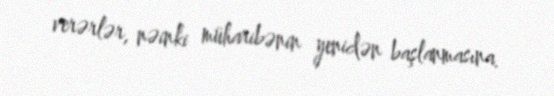
verərlər, nəinki müharibənin yenidən başlanmasına.